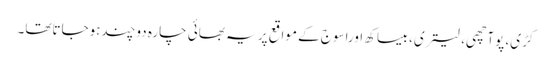
کڑی، پوآچھی، لیتری، بیساکھ اوراسوج کے مواقع پر یہ بھائی چارہ دوچندہوجاتاتھا۔